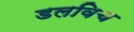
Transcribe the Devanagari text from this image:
डलविच